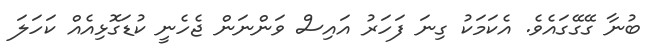
ބުނާ ގޭގޭގައެވެ. އެކަމަކު ގިނަ ފަހަރު އައިސް ވަންނަން ޖެހެނީ ކުޑަގޮޅިއެއް ކަހަލަ